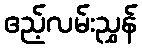
ဧည့်လမ်းညွှန်